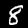
Digit: 8